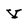
Character: V